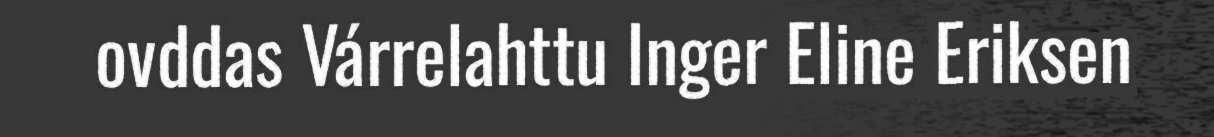
ovddas Várrelahttu Inger Eline Eriksen